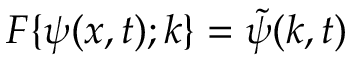
{ \cal { F } } \{ \psi ( x , t ) ; k \} = \widetilde { \psi } ( k , t )